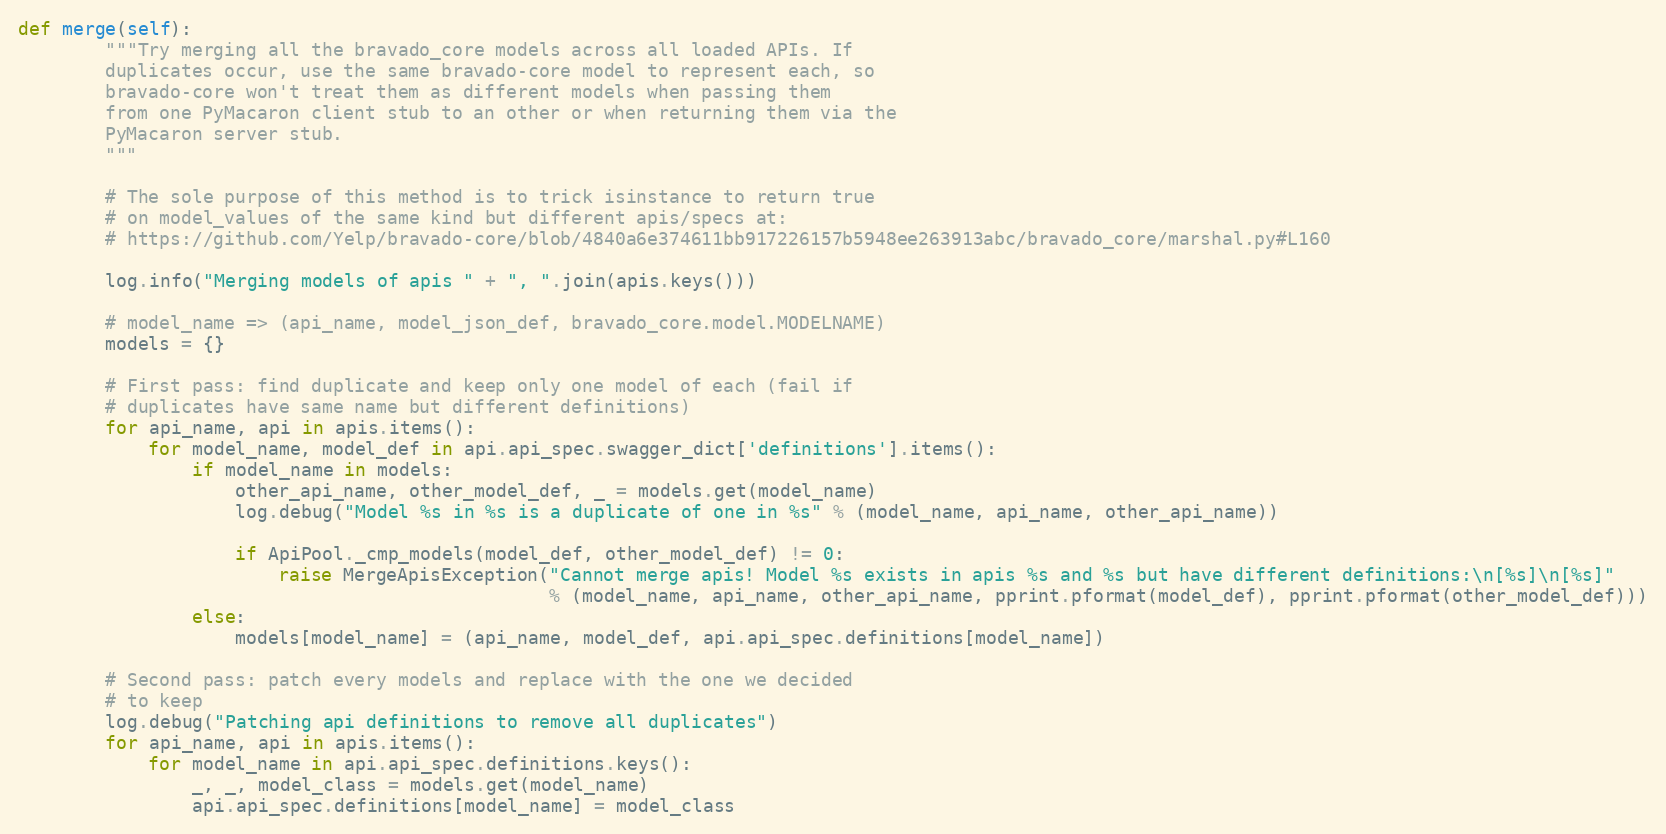
Language: Python
def merge(self):
        """Try merging all the bravado_core models across all loaded APIs. If
        duplicates occur, use the same bravado-core model to represent each, so
        bravado-core won't treat them as different models when passing them
        from one PyMacaron client stub to an other or when returning them via the
        PyMacaron server stub.
        """

        # The sole purpose of this method is to trick isinstance to return true
        # on model_values of the same kind but different apis/specs at:
        # https://github.com/Yelp/bravado-core/blob/4840a6e374611bb917226157b5948ee263913abc/bravado_core/marshal.py#L160

        log.info("Merging models of apis " + ", ".join(apis.keys()))

        # model_name => (api_name, model_json_def, bravado_core.model.MODELNAME)
        models = {}

        # First pass: find duplicate and keep only one model of each (fail if
        # duplicates have same name but different definitions)
        for api_name, api in apis.items():
            for model_name, model_def in api.api_spec.swagger_dict['definitions'].items():
                if model_name in models:
                    other_api_name, other_model_def, _ = models.get(model_name)
                    log.debug("Model %s in %s is a duplicate of one in %s" % (model_name, api_name, other_api_name))

                    if ApiPool._cmp_models(model_def, other_model_def) != 0:
                        raise MergeApisException("Cannot merge apis! Model %s exists in apis %s and %s but have different definitions:\n[%s]\n[%s]"
                                                 % (model_name, api_name, other_api_name, pprint.pformat(model_def), pprint.pformat(other_model_def)))
                else:
                    models[model_name] = (api_name, model_def, api.api_spec.definitions[model_name])

        # Second pass: patch every models and replace with the one we decided
        # to keep
        log.debug("Patching api definitions to remove all duplicates")
        for api_name, api in apis.items():
            for model_name in api.api_spec.definitions.keys():
                _, _, model_class = models.get(model_name)
                api.api_spec.definitions[model_name] = model_class